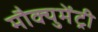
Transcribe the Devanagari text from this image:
मौक्युमेंट्री